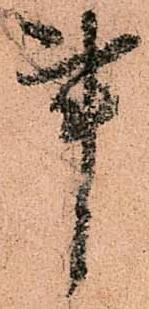
事